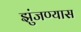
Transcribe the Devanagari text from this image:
झुंजण्यास